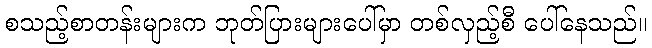
စသည့်စာတန်းများက ဘုတ်ပြားများပေါ်မှာ တစ်လှည့်စီ ပေါ်နေသည်။